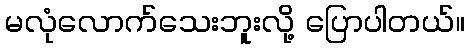
မလုံလောက်သေးဘူးလို့ ပြောပါတယ်။